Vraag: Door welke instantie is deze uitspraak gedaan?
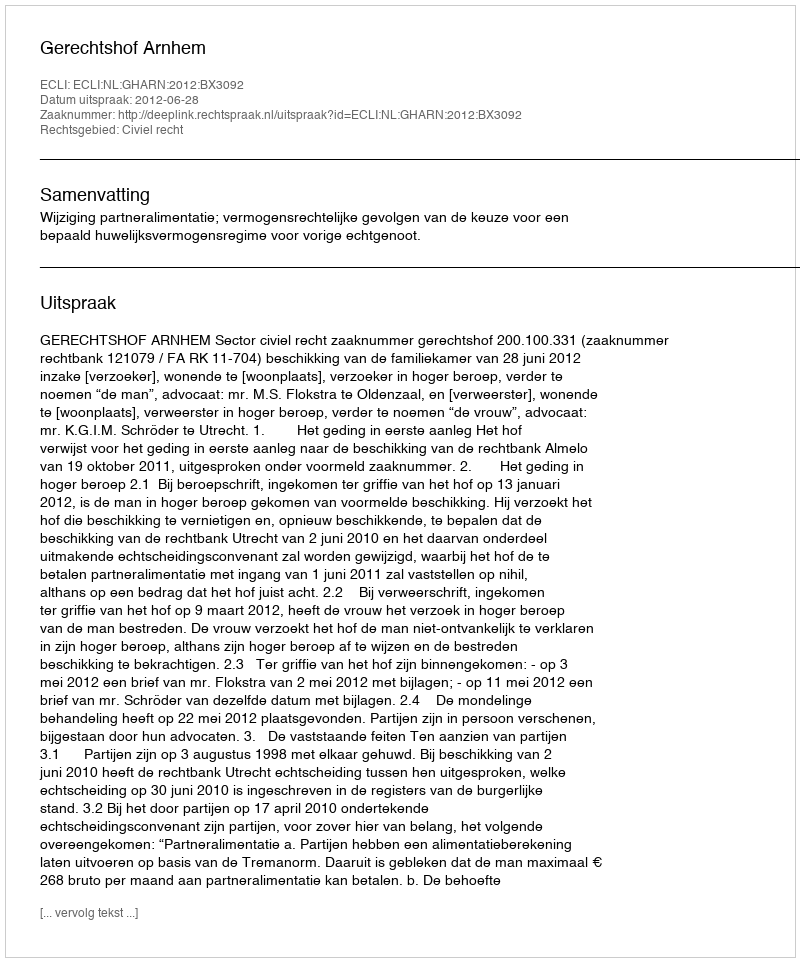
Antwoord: Gerechtshof Arnhem